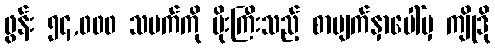
ဖွန်း ၅၄,၀၀၀ သမက်ကို မိုးကြီးသည့် စာမျက်နှာပေါ်မှ ကျိုဒို